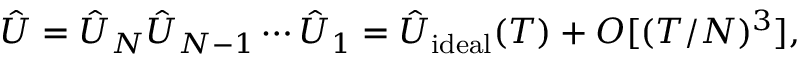
\hat { U } = \hat { U } _ { N } \hat { U } _ { N - 1 } \cdots \hat { U } _ { 1 } = \hat { U } _ { \mathrm { i d e a l } } ( T ) + O [ ( T / N ) ^ { 3 } ] ,